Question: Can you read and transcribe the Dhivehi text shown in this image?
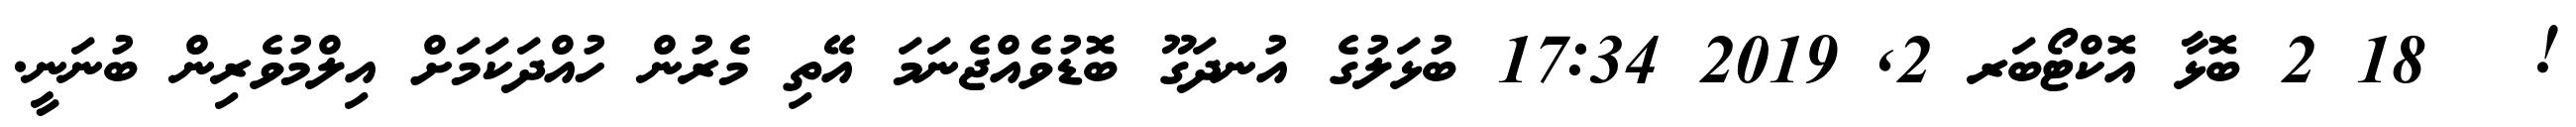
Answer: ! ? 18 2 ބޮޅާ އޮކްޓޯބަރ 2, 2019 17:34 ބުޅަލުގެ އުނދަގޫ ބޮޑުވެއްޖެނަމަ އޭތި މެރުން ހުއްދަކަމަށް އިލްމުވެރިން ބުނަނީ.